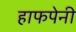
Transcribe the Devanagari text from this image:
हाफपेनी